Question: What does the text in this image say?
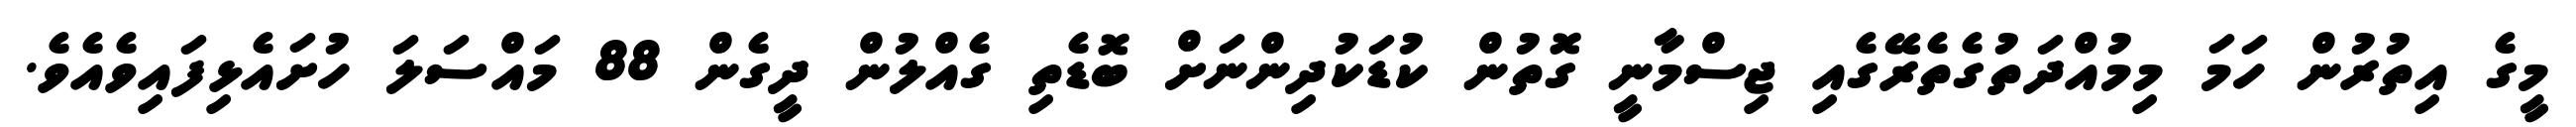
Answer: މީގެ އިތުރުން ހަމަ މިމުއްދަތުގެތެރޭގެއި ޖިސްމާނީ ގޮތުން ކުޑަކުދިންނަށް ބޮޑެތި ގެއްލުން ދީގެން 88 މައްސަލަ ހުށައެޅިފައިވެއެވެ.